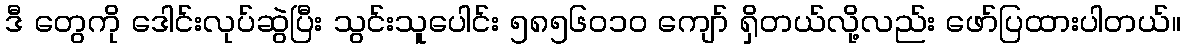
ဒီ တွေကို ဒေါင်းလုပ်ဆွဲပြီး သွင်းသူပေါင်း ၅၈၅၆၀၁၀ ကျော် ရှိတယ်လို့လည်း ဖော်ပြထားပါတယ်။